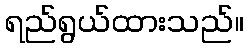
ရည်ရွယ်ထားသည်။